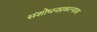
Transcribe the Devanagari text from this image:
संशोधनप्रकल्पावर